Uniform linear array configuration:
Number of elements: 48
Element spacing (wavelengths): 1
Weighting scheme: uniform
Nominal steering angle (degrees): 15
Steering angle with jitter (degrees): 16.745
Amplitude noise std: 0.05
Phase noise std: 0.05

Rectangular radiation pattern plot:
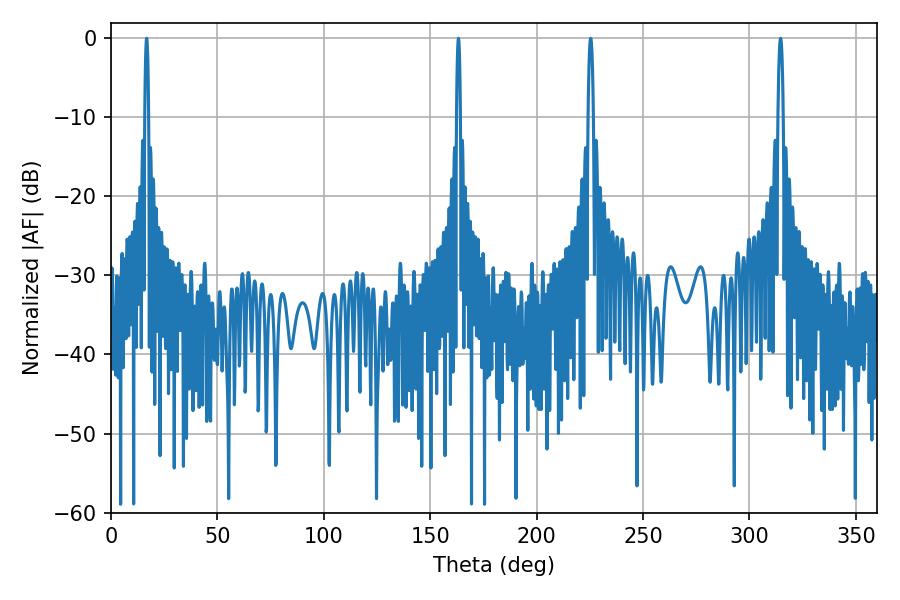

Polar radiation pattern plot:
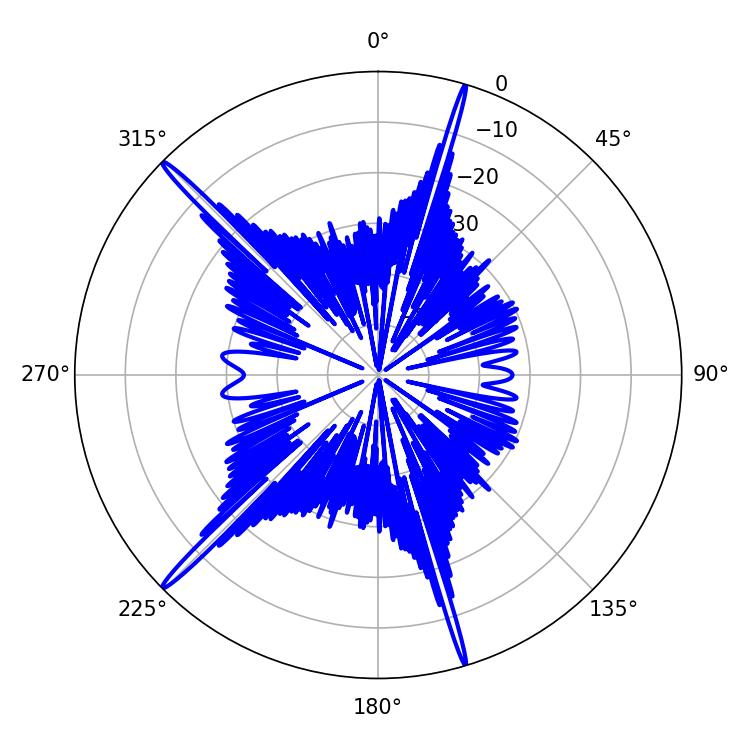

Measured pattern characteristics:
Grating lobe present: TRUE
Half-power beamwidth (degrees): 1.08
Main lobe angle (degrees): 16.74